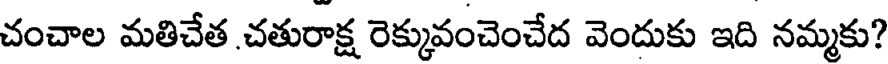
చంచాల మతిచేత చతురాక్ష రెక్కువంచెంచేద వెందుకు ఇది నమ్మకు?